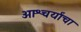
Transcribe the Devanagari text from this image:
आश्चर्यांचा